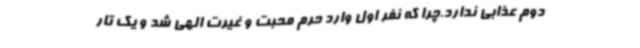
دوم عذابی ندارد.چرا که نفر اول وارد حرم محبت و غیرت الهی شد و یک تار